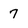
Character: 7